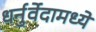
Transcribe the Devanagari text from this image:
धर्नुर्वेदामध्ये